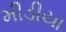
મીડીયા